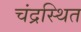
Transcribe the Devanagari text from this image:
चंद्रस्थित